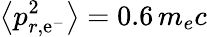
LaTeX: \big<p_{r,\mathrm{e}^{-}}^{2}\big>=0.6\, m_{e}c